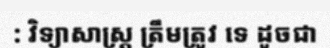
: វិទ្យាសាស្ត្រ ត្រឹមត្រូវ ទេ ដូចជា